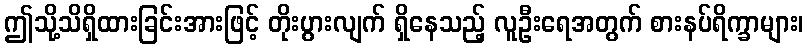
ဤသို့သိရှိထားခြင်းအားဖြင့် တိုးပွားလျက် ရှိနေသည့် လူဦးရေအတွက် စားနပ်ရိက္ခာများ၊